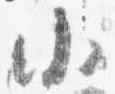
小